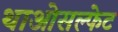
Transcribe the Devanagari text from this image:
थाओसल्फेट